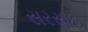
સરસાઇ